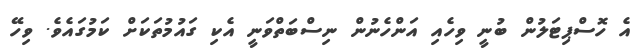
އެ ހޮސްޕިޓަލުން ބުނީ ވިހެއި އަންހެނުން ނިސްބަތްވަނީ އެކި ގައުމުތަކަށް ކަމުގައެވެ. ވިހޭ